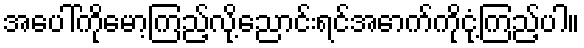
အပေါ်ကိုမော့ကြည့်လို့ညောင်းရင်အောက်ကိုငုံ့ကြည့်ပါ။